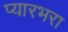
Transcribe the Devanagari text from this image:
प्यारभरा